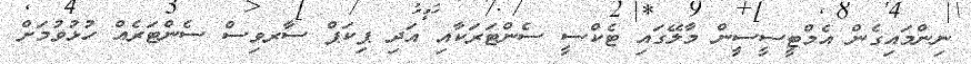
ނިންމައިގެން އެމްޓީސީސީން މާލޭގައި ޓެކްސީ ސެންޓަަރަކާއި އަދި ޕިކަޕް ސާރވިސް ސެންޓަރެއް ހުޅުވުމަށް